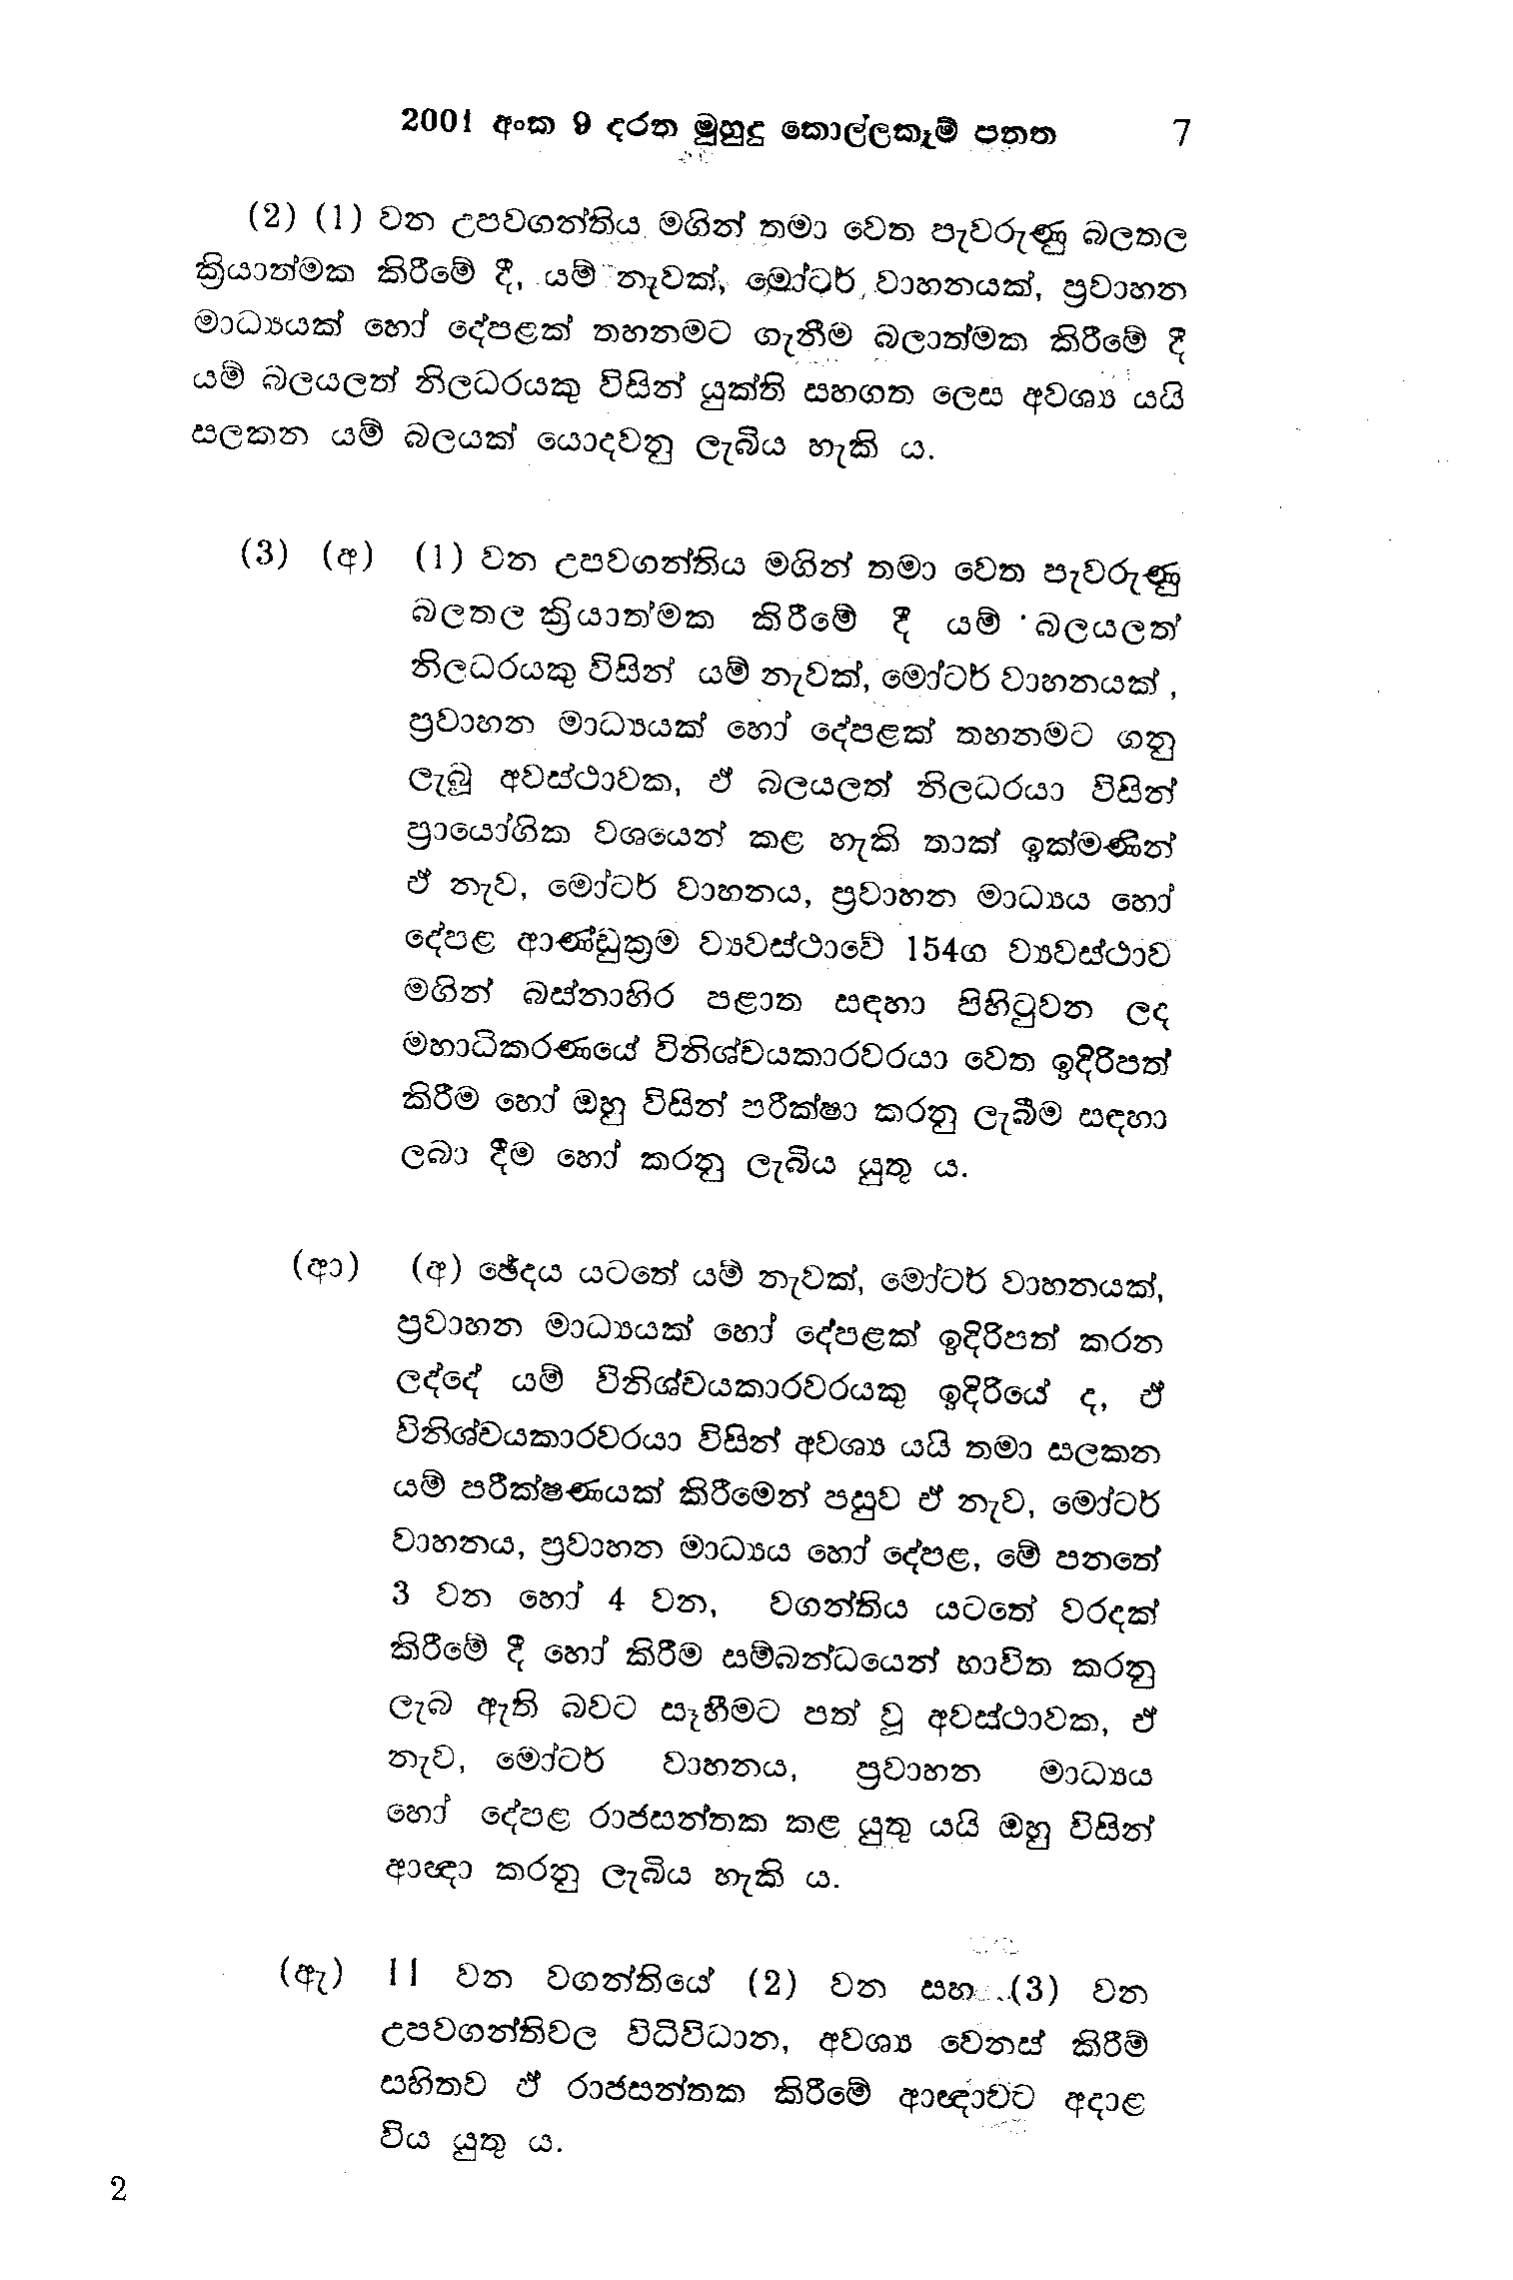
2 2001 අංක 9 දරන මුහුදු කොල්ලකෑම් පනත 7

(2) (1) වන උපවගන්තිය මගින් තමා වෙත පැවරුණු බලතල
ක්‍රියාත්මක කිරීමේ දී, යම් නැවක්, මෝටර් වාහනයක්, ප්‍රවාහන
මාධ්‍යයක් හෝ දේපළක් තහනමට ගැනීම බලාත්මක කිරීමේ දී
යම් බලයලත් නිලධරයකු විසින් යුක්ති සහගත ලෙස අවශ්‍ය යයි
සලකන යම් බලයක් යොදවනු ලැබිය හැකි ය.

(3) (අ) (1) වන උපවගන්තිය මගින් තමා වෙත පැවරුණු
බලතල ක්‍රියාත්මක කිරීමේ දී යම් · බලයලත්
නිලධරයකු විසින් යම් නැවක්, මෝටර් වාහනයක්,
ප්‍රවාහන මාධ්‍යයක් හෝ දේපළක් තහනමට ගනු
ලැබූ අවස්ථාවක, ඒ බලයලත් නිලධරයා විසින්
ප්‍රායෝගික වශයෙන් කළ හැකි තාක් ඉක්මණින්
ඒ නැව්, මෝටර් වාහනය, ප්‍රවාහන මාධ්‍යය හෝ
දේපළ ආණ්ඩුක්‍රම ව්‍යවස්ථාවේ 154ග ව්‍යවස්ථාව
මගින් බස්නාහිර පළාත සඳහා පිහිටුවන ලද
මහාධිකරණයේ විනිශ්චයකාරවරයා වෙත ඉදිරිපත්
කිරීම හෝ ඔහු විසින් පරීක්ෂා කරනු ලැබීම සඳහා
ලබා දීම හෝ කරනු ලැබිය යුතු ය.

(ආ) (අ) ඡේදය යටතේ යම් නැවක්, මෝටර් වාහනයක්,
ප්‍රවාහන මාධ්‍යයක් හෝ දේපළක් ඉදිරිපත් කරන
ලද්දේ යම් විනිශ්චයකාරවරයකු ඉදිරියේ ද, ඵ්
විනිශ්චයකාරවරයා විසින් අවශ්‍ය යයි තමා සලකන
යම් පරීක්ෂණයක් කිරීමෙන් පසුව ඒ නැව, මෝටර්
වාහනය, ප්‍රවාහන මාධ්‍යය හෝ දේපළ, මේ පනතේ
3 වන හෝ 4 වන, වගන්තිය යටතේ වරදක්
කිරීමේ දී හෝ කිරීම සම්බන්ධයෙන් භාවිත කරනු
ලැබ ඇති බවට සෑහීමට පත් වූ අවස්ථාවක, ඒ
නැව්, මෝටර් වාහනය, ප්‍රවාහන මාධ්‍යය
හෝ දේපළ රාජසන්තක කළ යුතු යයි ඔහු විසින්
ආඥා කරනු ලැබිය හැකි ය.

(ඇ) 11 වන වගන්තියේ (2) වන සහ (3) වන
උපවගන්තිවල විධිවිධාන, අවශ්‍ය වෙනස් කිරීම්
සහිතව ඵ් රාජසන්තක කිරීමේ ආඥාවට අදාළ
විය යුතු ය.